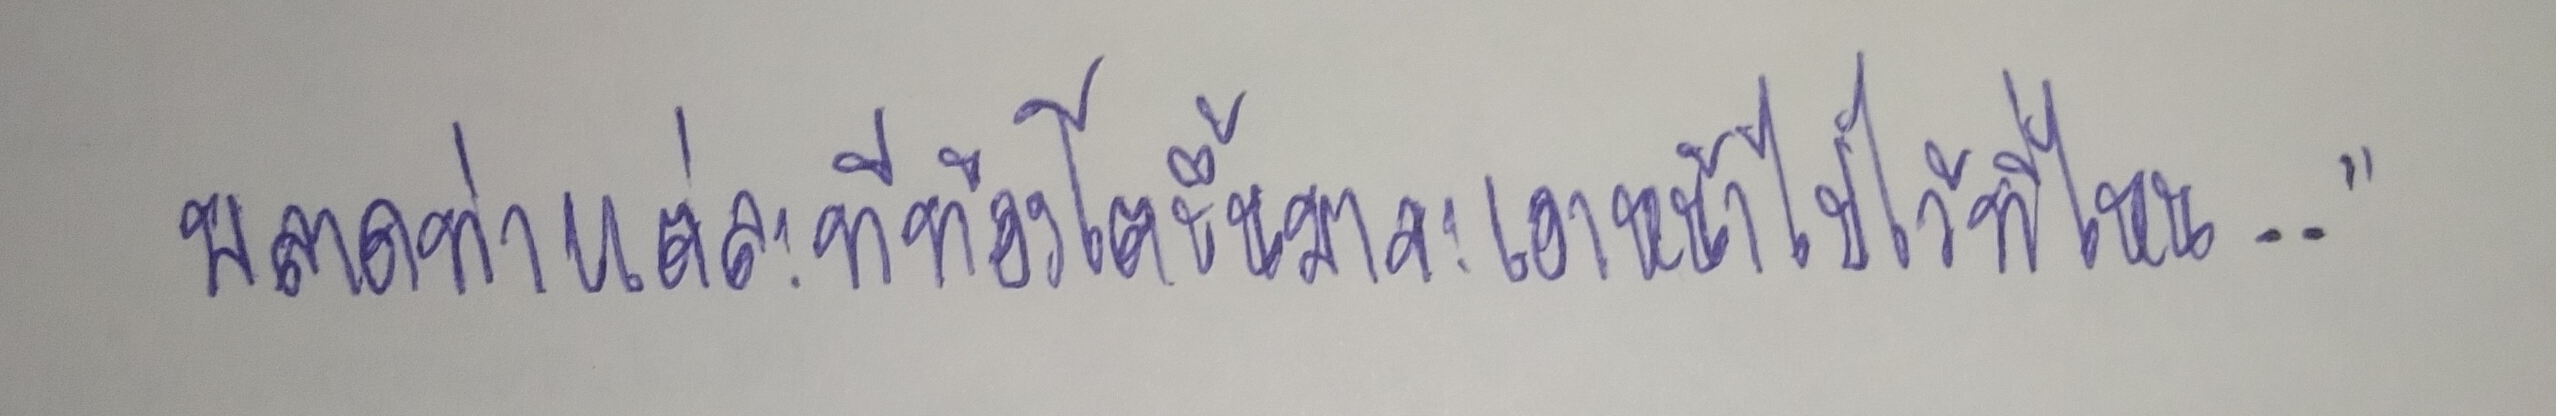
พลาดท่าแต่ละทีท้องโตขึ้นมาจะเอาหน้าไปไว้ที่ไหน--"